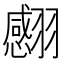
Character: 𦒝